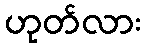
ဟုတ်လား